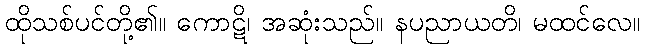
ထိုသစ်ပင်တို့၏။ ကောဋိ၊ အဆုံးသည်။ နပညာယတိ၊ မထင်လေ။